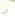
لي